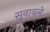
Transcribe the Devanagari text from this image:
सुनावले